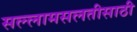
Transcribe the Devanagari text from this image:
सल्लामसलतीसाठी